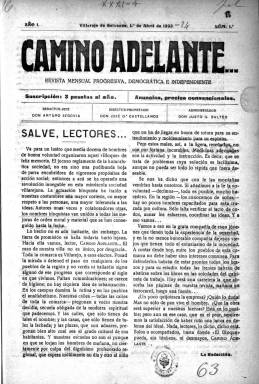
Título: Camino adelante... (Villarejo de Salvanés)
Colección: Revistas de información general
Ámbito geográfico: Madrid
Lugar de publicación: Villarejo de Salvanés [Madrid]
Fechas: 01/04/1923-01/06/1924

Paginación incorrecta en algunos números. Sólo consta la fecha en el primer ejemplar. Al resto se les ha asignado fecha suponiendo que corresponden a los meses siguientes.

Publicación local que comenzó a editarse en Villarejo de Salvanés en marzo de 1923 con periodicidad mensual. Se trata de una revista de escasa paginación, doce páginas de media, que era un auténtico cajón de sastre con todo tipo de contenidos realizada por un grupo de maestros y otras personas cultivadas de esta mediana población cercana a Madrid.

  Su subtítulo rezaba: ‘revista mensual, progresiva, democrática e independiente’, lo que es bastante genérico. Aunque era una publicación apartidista, de la lectura del contenido de sus números se deduce su ideario conservador y católico.

   En su número de octubre de 1923 aplaudió el golpe militar del general Primo de Rivera y en el último número de los que posee la BNE, el de junio de 1924, saludó la creación en las regiones españolas de la institución del somatén, de tradición catalana. Se trataba de una milicia de ciudadanos armados para defender la paz social que promovía en todo el país la dictadura militar.

   Aunque los colaboradores de la publicación comentaban los acontecimientos tanto nacionales como internacionales (en uno de los números la portada estaba dedicada a la muerte de Lenin en la Unión Soviética), la revista estaba más centrada en temas locales como es lógico, dando también cabida a información de las localidades de la comarca como Chinchón, que era cabeza de partido, y otros pueblos.

   Había secciones literarias, de higiene, de divulgación de temas de Derecho, de personajes históricos…En fin, variedad de contenidos en una publicación sin muchas pretensiones que lo único a que aspiraba era a servir de medio de comunicación entre los vecinos de Villarejo y las poblaciones cercanas.

  Algunas secciones fijas eran las dedicadas a los estrenos en el Teatro Cervantes de Villarejo, las crónicas taurinas, tanto en la plaza de la localidad como en las vecinas, y la información referente a las cotizaciones de los principales productos agrícolas, dado que los pueblos de la comarca eran grandes productores de cereal, vino y aceite. Villarejo contaba con una antigua almazara, así como numerosas bodegas de vino.

  Una de las secciones más entrañables de esta publicación era la dedicada a dar noticia de los acontecimientos íntimos de los vecinos de Villarejo, como nacimientos y bautizos, bodas, cumpleaños o el regreso a la localidad de los estudiantes tras finalizar el curso académico en Madrid. También se reflejaban las tragedias de la vida como ésta: ‘Se ha suicidado arrojándose al Tajo el mozo Dionisio Garnacho. Le han impulsado a tan fatal determinación contrariedades de la vida. Descanse en paz’.

  La revista, aunque pequeña, no debía contar con financiación suficiente, por eso serían de gran ayuda los anuncios. Se puede ver en sus páginas publicidad de la industria y comercios de la comarca, sobre todo de Villarejo, pero también de pueblos como Carabaña y sus aguas minerales, famosas en toda España. No faltaban tampoco anuncios de firmas de Madrid e incluso de la costa levantina, al estar situada Villarejo de Salvanés en la carretera de Valencia.

[Descripción publicada el 17/08/2022]